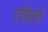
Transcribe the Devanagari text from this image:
रसिले